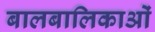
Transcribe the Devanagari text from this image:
बालबालिकाओं